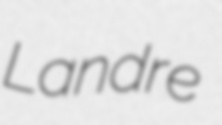
Landre